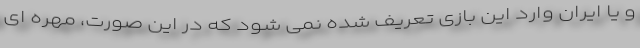
و یا ایران وارد این بازی تعریف شده نمی شود که در این صورت، مهره ای